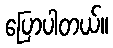
ပြောပါတယ်။